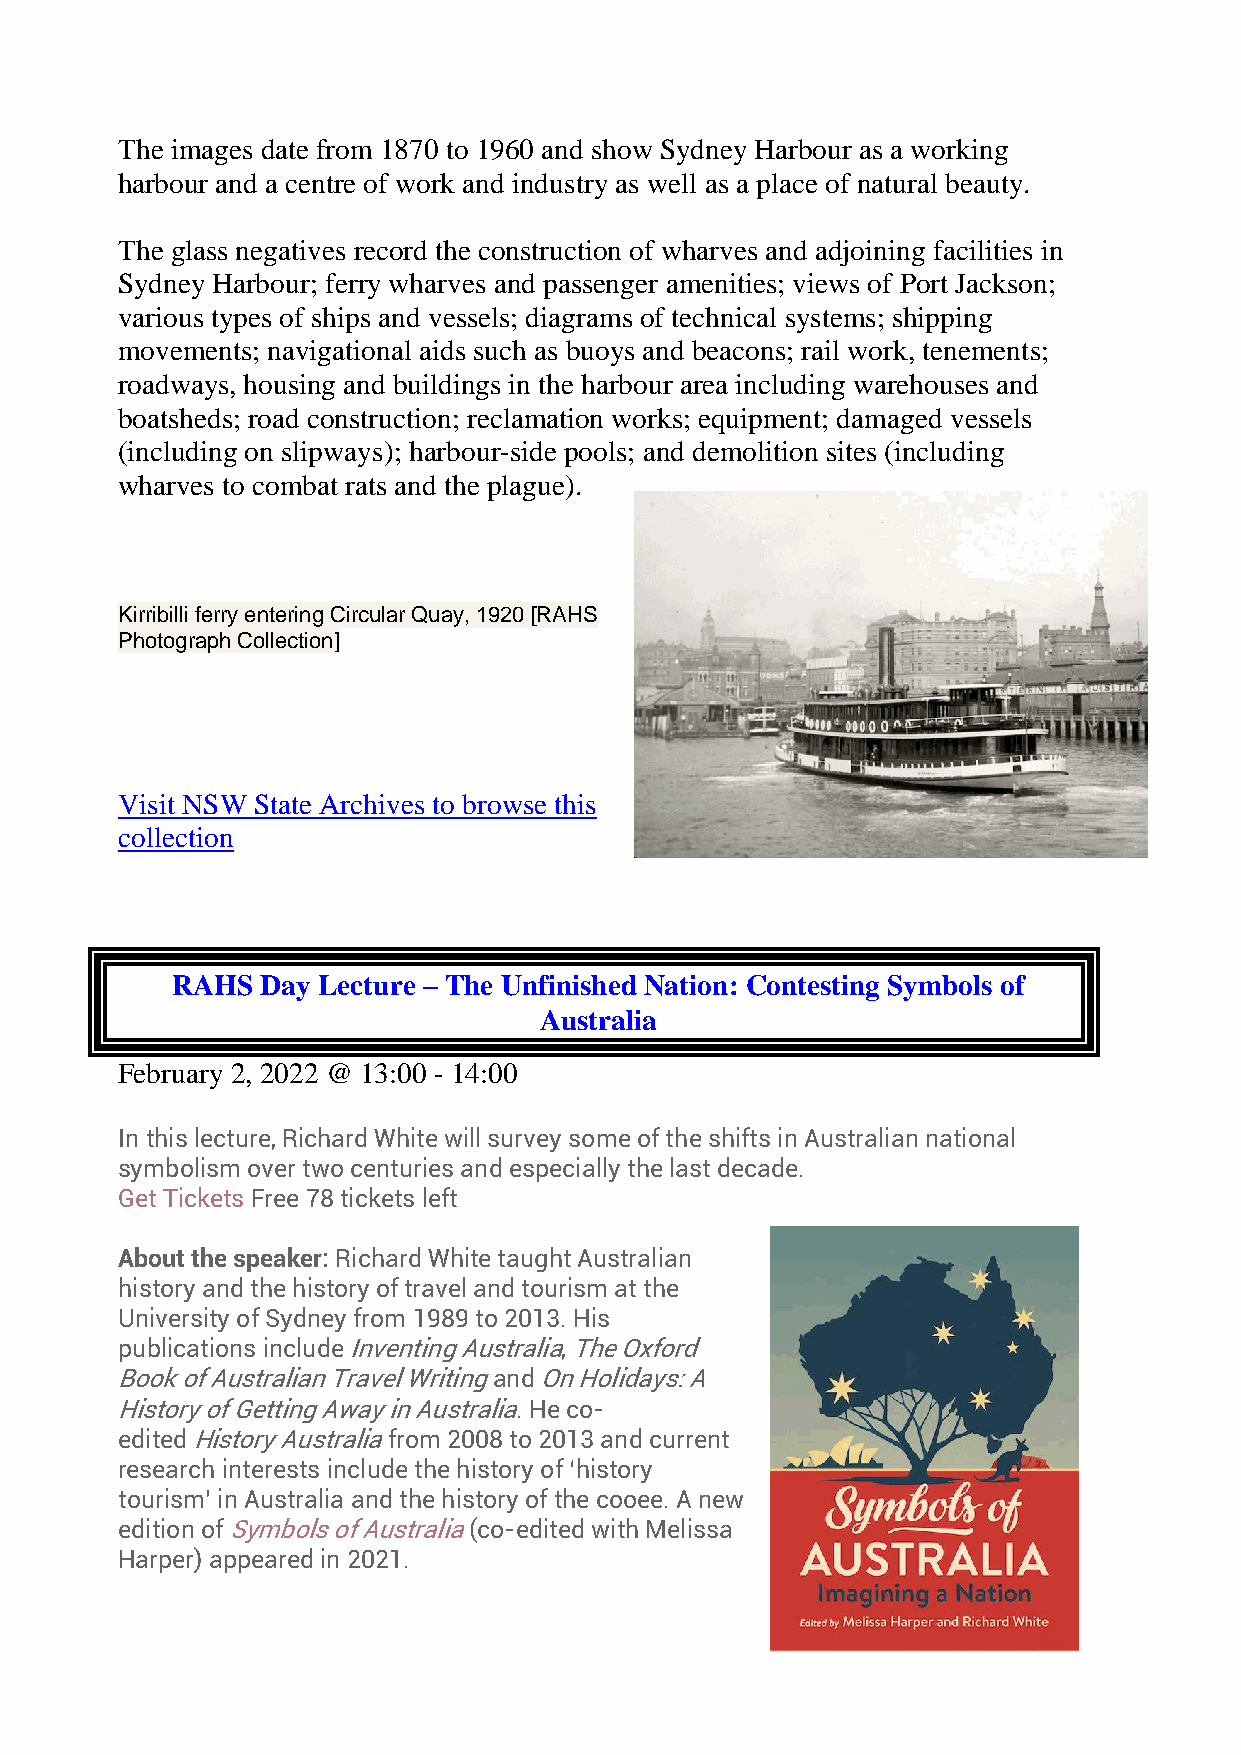
The images date from 1870 to 1960 and show Sydney Harbour as a working
 harbour and a centre of work and industry as well as a place of natural beauty.
 The glass negatives record the construction of wharves and adjoining facilities in
 Sydney Harbour; ferry wharves and passenger amenities; views of Port Jackson;
 various types of ships and vessels; diagrams of technical systems; shipping
 movements; navigational aids such as buoys and beacons; rail work, tenements;
 roadways, housing and buildings in the harbour area including warehouses and
 boatsheds; road construction; reclamation works; equipment; damaged vessels
 (including on slipways); harbour-side pools; and demolition sites (including
 wharves to combat rats and the plague).
 Kirribilli ferry entering Circular Quay, 1920 [RAHS
 Photograph Collection]
 Visit NSW State Archives to browse this
 collection
 RAHS  Day Lecture – The Unfinished Nation: Contesting Symbols of
 Australia
 February 2, 2022 @ 13:00 - 14:00
 In this lecture, Richard White will survey some of the shifts in Australian national
 symbolism over two centuries and especially the last decade.
 Get Tickets Free 78 tickets left
 About the speaker: Richard White taught Australian
 history and the history of travel and tourism at the
 University of Sydney from 1989 to 2013. His
 publications include Inventing Australia, The Oxford
 Book of Australian Travel Writing and On Holidays: A
 History of Getting Away in Australia. He co-
 edited History Australia from 2008 to 2013 and current
 research interests include the history of ‘history
 tourism’ in Australia and the history of the cooee. A new
 edition of Symbols of Australia (co-edited with Melissa
 Harper) appeared in 2021.